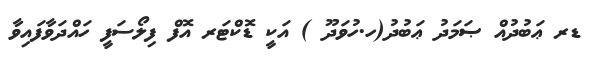
ޑރ ޢަބުދުއް ޞަމަދު ޢަބުދު(ހ.ހުވަދޫ ) އަކީ ޑޮކްޓަރ އޮފް ފިލޯސަފީ ހައްދަވާފައިވާ